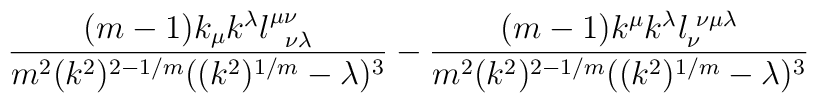
\frac{(m-1)k_{\mu}k^{\lambda} l^{\mu \nu}_{\,\,\,\,\nu \lambda}}     {m^2 (k^2)^{2-1/m} ((k^2)^{1/m} - \lambda)^3} -\frac{ (m-1) k^{\mu} k^{\lambda} l_{\nu}^{\,\,\nu \mu \lambda}}     {m^2(k^2)^{2-1/m}((k^2)^{1/m} - \lambda)^3}